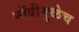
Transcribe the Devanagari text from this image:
नोंदीमुळेच